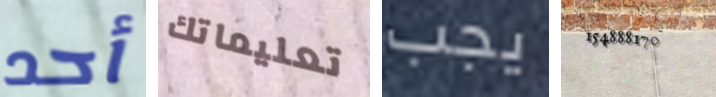
أحد تعليماتك يجب 154888170